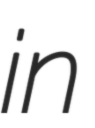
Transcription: in